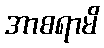
အာစရာမိ